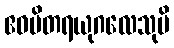
ဧဝမိတရယုဂလေသုပိ